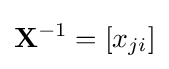
\mathbf {X} ^{-1}=[x_{ji}]